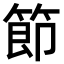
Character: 節